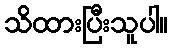
သိထားပြီးသူပါ။